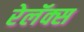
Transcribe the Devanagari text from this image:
रेलॅक्स